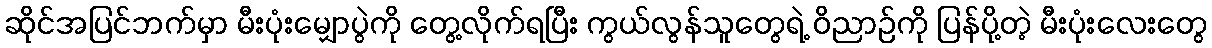
ဆိုင်အပြင်ဘက်မှာ မီးပုံးမျှောပွဲကို တွေ့လိုက်ရပြီး ကွယ်လွန်သူတွေရဲ့ ဝိညာဉ်ကို ပြန်ပို့တဲ့ မီးပုံးလေးတွေ